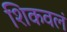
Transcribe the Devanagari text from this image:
शिकवलं